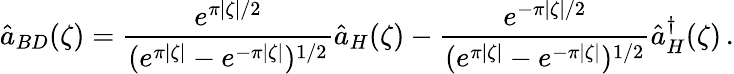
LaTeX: \hat{a}_{BD}(\zeta)=\frac{e^{\pi\vert\zeta\vert/2}}{(e^{\pi\vert\zeta\vert}-e^{-\pi\vert\zeta\vert})^{1/2}}\hat{a}_{H}(\zeta)-\frac{e^{-\pi\vert\zeta\vert/2}}{(e^{\pi\vert\zeta\vert}-e^{-\pi\vert\zeta\vert})^{1/2}}\hat{a}_{H}^{\dagger}(\zeta)\, .